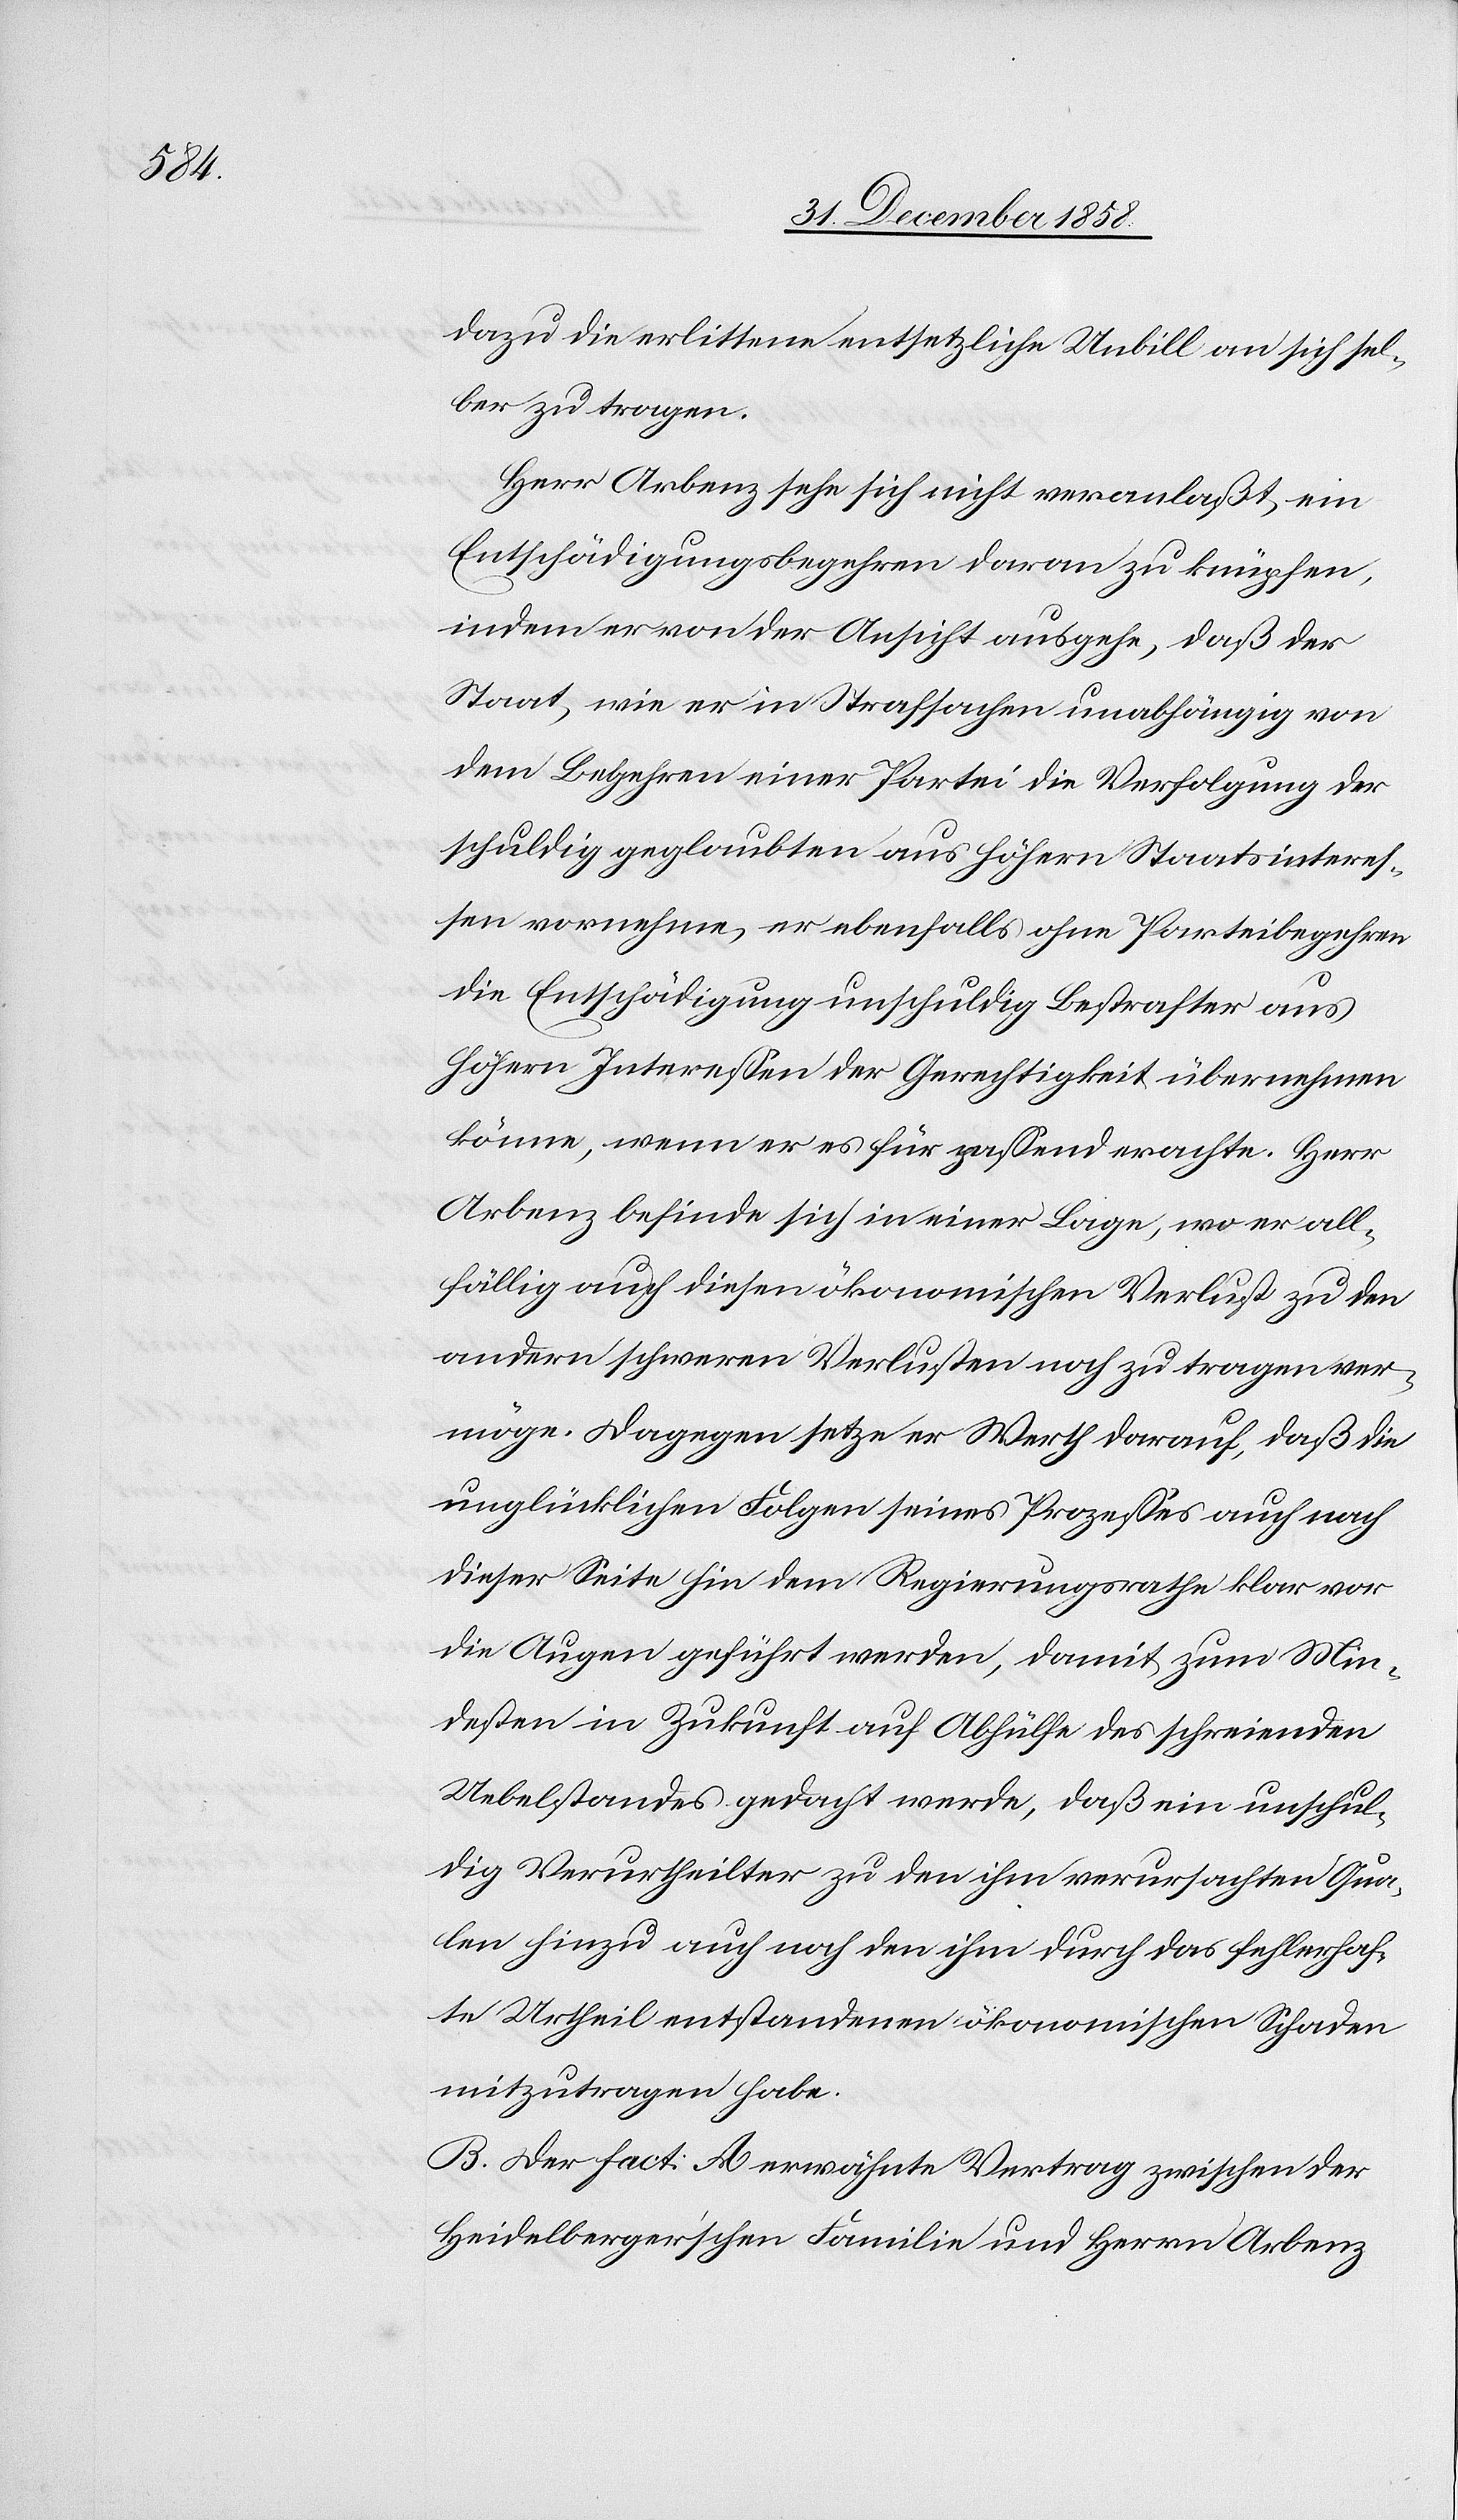
dazu die erlittene entsetzliche Unbill an sich sel¬
ber zu tragen.
Herr Arbenz sehe sich nicht veranlaßt, ein
Entschädigungsbegehren daran zu knüpfen,
indem er von der Ansicht ausgehe, daß der
Staat, wie er in Strafsachen unabhängig von
dem Begehren einer Partei die Verfolgung der
schuldig geglaubten aus höhern Staatsinteres¬
sen vornehme, er ebenfalls ohne Parteibegehren
die Entschädigung unschuldig Bestrafter aus
höhern Interessen der Gerechtigkeit übernehmen
könne, wenn er es für passend erachte. Herr
Arbenz befinde sich in einer Lage, wo er all¬
fällig auch diesen ökonomischen Verlust zu den
andern schweren Verlusten noch zu tragen ver¬
möge. Dagegen setze er Werth darauf, daß die
unglücklichen Folgen seines Prozesses auch nach
dieser Seite hin dem Regierungsrathe klar vor
die Augen geführt werden, damit zum Min¬
desten in Zukunft auf Abhülfe des schreienden
Uebelstandes gedacht werde, daß ein unschul¬
dig Verurtheilter zu den ihm verursachten Qua¬
len hinzu auch noch den ihm durch das fehlerhaf¬
te Urtheil entstandenen ökonomischen Schaden
mitzutragen habe.
B. Der Fact: A erwähnte Vertrag zwischen der
Heidelberger’schen Familie und Herrn Arbenz